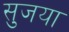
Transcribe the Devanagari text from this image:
सुजया